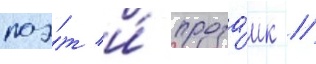
поэ́т и́ проза́ик //